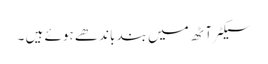
سیکٹر آٹھ میں بند باندھے ہوئے ہیں ۔